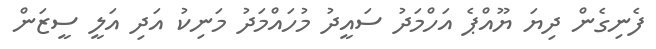
ފެނިގެން ދިޔަ ޔޫއްޕެ އަހްމަދު ސައީދު މުހައްމަދު މަނިކު އަދި އަލީ ސީޒަން